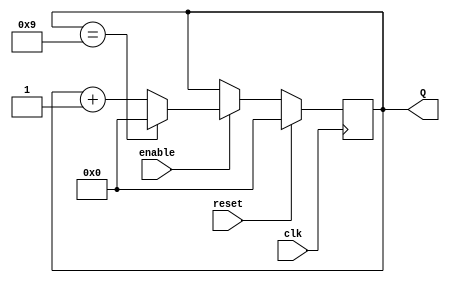
module top_module (
    input clk,
    input reset,
    input enable,
    output reg [3:0] Q
);

    always@(posedge clk) begin
        if(reset)
            Q <= 4'd0;
        else if(enable) begin
            if(Q==9)
                Q <= 4'd0;
            else
                Q <= Q + 1'b1;
        end
    end
    
endmodule